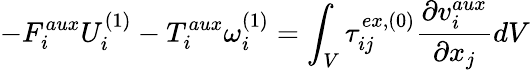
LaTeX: -F_{i}^{aux}U_{i}^{(1)}-T_{i}^{aux}\omega_{i}^{(1)}=\int_{V}\tau_{ij}^{ex,(0)}\frac{\partial v_{i}^{aux}}{\partial x_{j}}dV